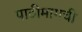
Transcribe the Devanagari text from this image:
पाठीमागची